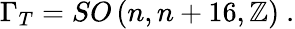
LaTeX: \Gamma_{T}=SO\left(n,n+16,\mathbb{Z}\right)\ .